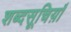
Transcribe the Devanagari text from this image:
शब्दसूचिय़ाँ